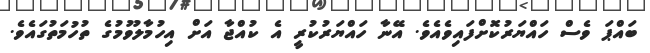
ބައްޕަ ވެސް ހައްޔަރުކޮށްފައިވެއެވެ. އޭނާ ހައްޔަރުކުރީ އެ ކުއްޖާ އަށް އިހުމާލުވުމުގެ ތުހުމަތުގައެވެ.